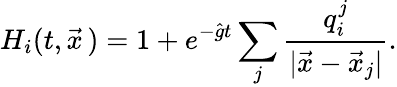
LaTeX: H_{i}(t,\vec{x}\, )=1+e^{-\hat{g}t}\sum_{j}{\frac{q_{i}^{j}}{|\vec{x}-\vec{x}_{j}|}}.